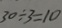
3 0 \div 3 = 1 0